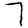
Digit: 7